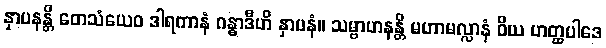
နှာပနန္တိ တေသံယေဝ ဒါရကာနံ ဂန္ဓာဒီဟိ နှာပနံ။ သမ္ဗာဟနန္တိ မဟာမလ္လာနံ ဝိယ ဟတ္ထပါဒေ